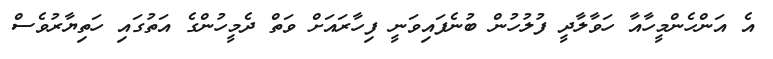
އެ އަންހެންމީހާއާ ހަވާލާދީ ފުލުހުން ބުނެފައިވަނީ ފިހާރައަށް ވަތް ދެމީހުންގެ އަތުގައި ހަތިޔާރުވެސް